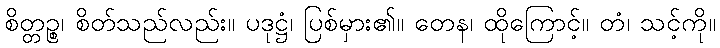
စိတ္တဉ္စ၊ စိတ်သည်လည်း။ ပဒုဋ္ဌံ၊ ပြစ်မှား၏။ တေန၊ ထိုကြောင့်။ တံ၊ သင့်ကို။